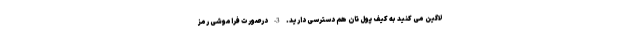
لاگین می کنید به کیف پول تان هم دسترسی دارید. 3- درصورت فراموشی رمز